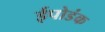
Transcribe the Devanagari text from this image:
ईपोडंक